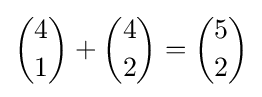
{\binom {4}{1}}+{\binom {4}{2}}={\binom {5}{2}}